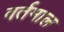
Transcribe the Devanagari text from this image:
वर्तमाल